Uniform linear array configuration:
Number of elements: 4
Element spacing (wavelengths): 1
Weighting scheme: blackman
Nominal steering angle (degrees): -30
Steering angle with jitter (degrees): -29.591
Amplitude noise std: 0.05
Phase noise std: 0.05

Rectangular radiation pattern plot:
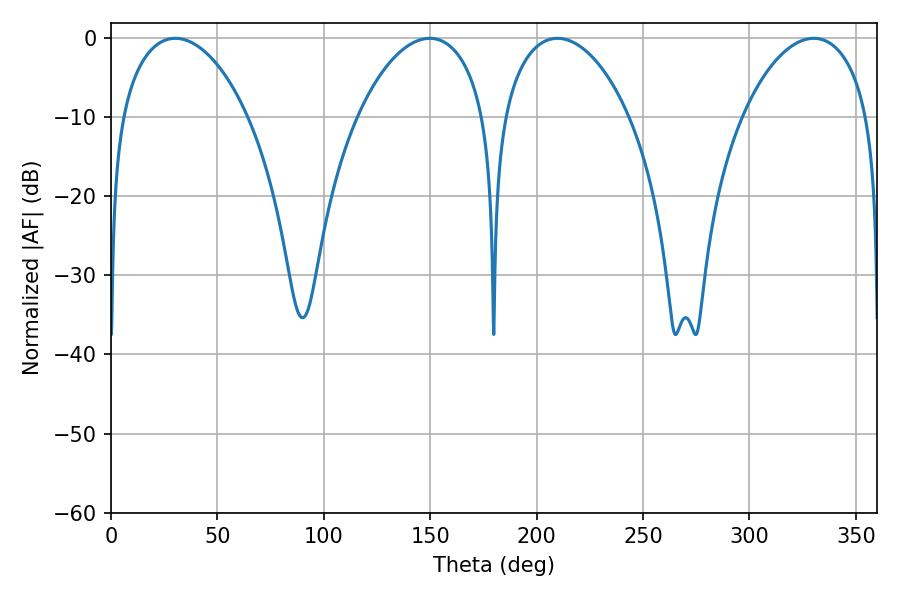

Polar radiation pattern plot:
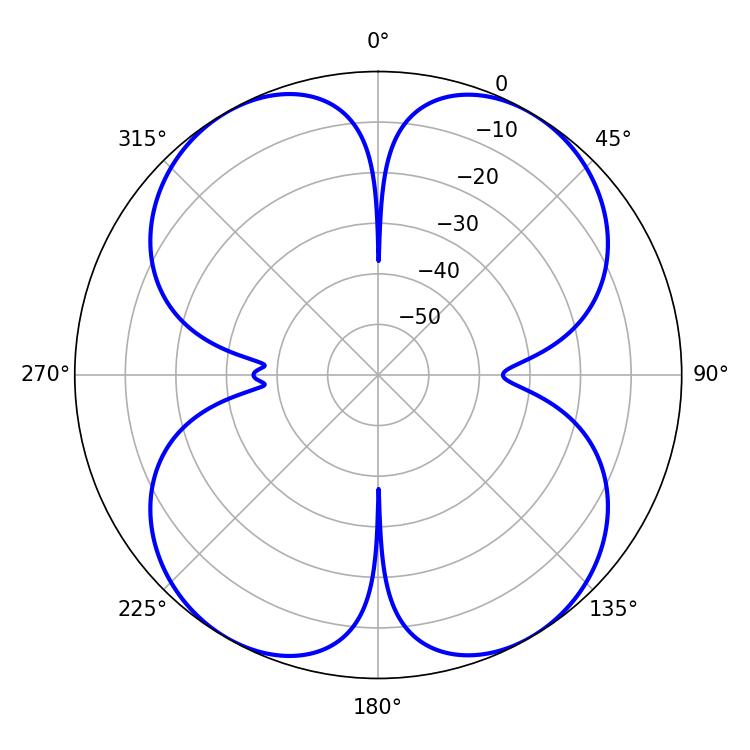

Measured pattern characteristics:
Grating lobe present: TRUE
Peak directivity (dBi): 21.488
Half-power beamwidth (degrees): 34.02
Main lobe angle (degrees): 30.24